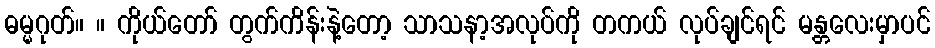
ဓမ္မဂုတ်။ ။ ကိုယ်တော် တွက်ကိန်းနဲ့တော့ သာသနာ့အလုပ်ကို တကယ် လုပ်ချင်ရင် မန္တလေးမှာပင်